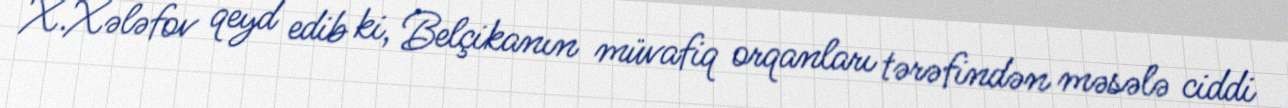
X.Xələfov qeyd edib ki, Belçikanın müvafiq orqanları tərəfindən məsələ ciddi